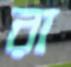
রা